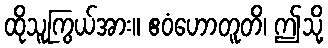
ထိုသူကြွယ်အား။ ဧဝံဟောတူတိ၊ ဤသို့